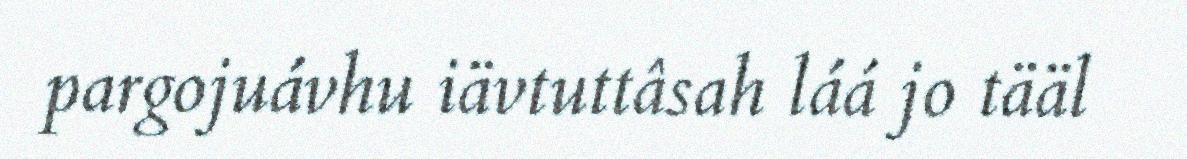
pargojuávhu iävtuttâsah láá jo tääl